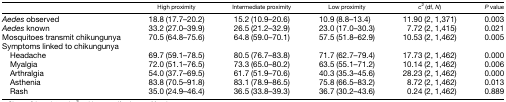
<table><thead><tr><td></td><td><b>High proximity</b></td><td><b>Intermediate proximity</b></td><td><b>Low proximity</b></td><td><b><i>c</i><sup>2</sup> (df, <i>N</i>)</b></td><td><b><i>P</i> value</b></td></tr></thead><tbody><tr><td><i>Aedes</i> observed</td><td>18.8 (17.7–20.2)</td><td>15.2 (10.9–20.6)</td><td>10.9 (8.8–13.4)</td><td>11.90 (2, 1,371)</td><td>0.003</td></tr><tr><td><i>Aedes</i> known</td><td>33.2 (27.0–39.9)</td><td>26.5 (21.2–32.9)</td><td>23.0 (17.0–30.3)</td><td>7.72 (2, 1,415)</td><td>0.021</td></tr><tr><td>Mosquitoes transmit chikungunya</td><td>70.5 (64.8–75.6)</td><td>64.8 (59.0–70.1)</td><td>57.5 (51.8–62.9)</td><td>10.53 (2, 1,462)</td><td>0.005</td></tr><tr><td colspan="6">Symptoms linked to chikungunya</td></tr><tr><td> Headache</td><td>69.7 (59.1–78.5)</td><td>80.5 (76.7–83.8)</td><td>71.7 (62.7–79.4)</td><td>17.73 (2, 1,462)</td><td>0.000</td></tr><tr><td> Myalgia</td><td>72.0 (51.1–76.5)</td><td>73.3 (65.0–80.2)</td><td>63.5 (55.1–71.2)</td><td>10.14 (2, 1,462)</td><td>0.006</td></tr><tr><td> Arthralgia</td><td>54.0 (37.7–69.5)</td><td>61.7 (51.9–70.6)</td><td>40.3 (35.3–45.6)</td><td>28.23 (2, 1,462)</td><td>0.000</td></tr><tr><td> Asthenia</td><td>83.8 (70.5–91.8)</td><td>83.1 (78.9–86.5)</td><td>75.8 (66.5–83.2)</td><td>8.72 (2, 1,462)</td><td>0.013</td></tr><tr><td> Rash</td><td>35.0 (24.9–46.4)</td><td>36.5 (33.8–39.3)</td><td>36.7 (30.2–43.6)</td><td>0.24 (2, 1,462)</td><td>0.889</td></tr></tbody></table>